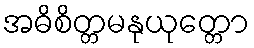
အဓိစိတ္တမနုယုတ္တော